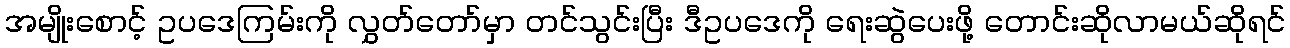
အမျိုးစောင့် ဥပဒေကြမ်းကို လွှတ်တော်မှာ တင်သွင်းပြီး ဒီဥပဒေကို ရေးဆွဲပေးဖို့ တောင်းဆိုလာမယ်ဆိုရင်